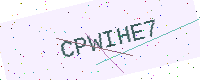
Text: CPWIHE7